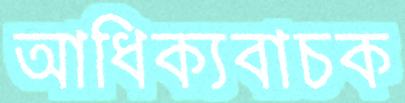
আধিক্যবাচক